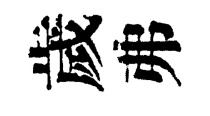
歲弗